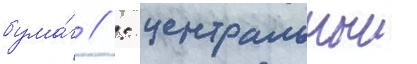
бума́г // : центральныи